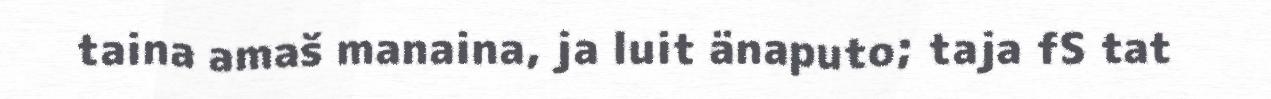
taina amaš manaina, ja luit änaputo; taja fS tat